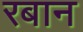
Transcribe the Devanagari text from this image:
रबान